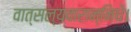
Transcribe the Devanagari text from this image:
वात्सल्यवारान्निधे।